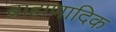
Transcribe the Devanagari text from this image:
ब्राह्मणादिक